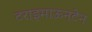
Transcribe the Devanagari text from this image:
टराइमाऊनटेन